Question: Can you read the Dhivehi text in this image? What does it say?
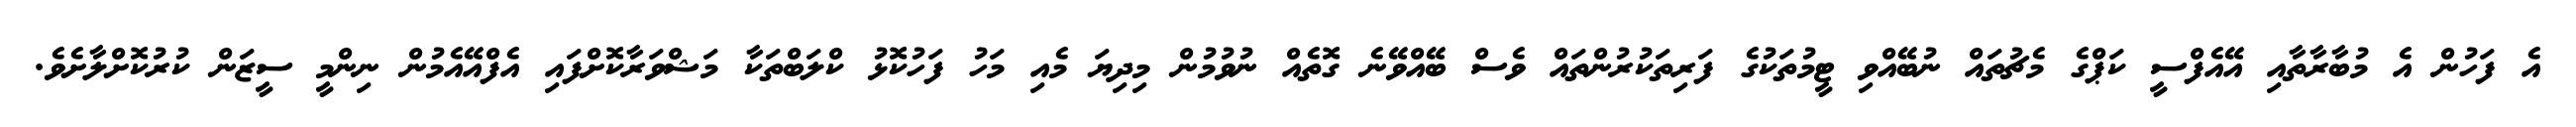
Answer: އެ ފަހުން އެ މުބާރާތާއި އޭއެފްސީ ކަޕްގެ މެޗުތައް ނުބޭއްވި ޓީމުތަކުގެ ފަރިތަކުރުންތައް ވެސް ބޭއްވޭނެ ގޮތެއް ނުވުމުން މިދިޔަ މެއި މަހު ފަހުކޮޅު ކްލަބްތަކާ މަޝްވަރާކޮށްފައި އެފްއޭއެމުން ނިންމީ ސީޒަން ކުރުކޮށްލާށެވެ.